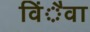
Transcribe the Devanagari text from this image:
विंैवा